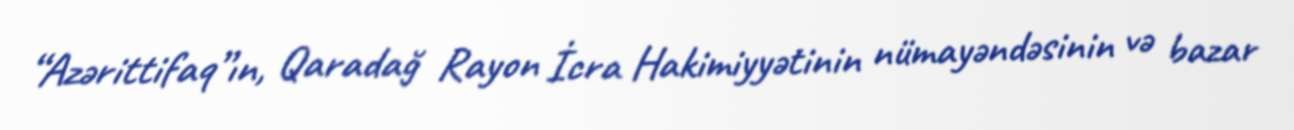
“Azərittifaq”ın, Qaradağ Rayon İcra Hakimiyyətinin nümayəndəsinin və bazar